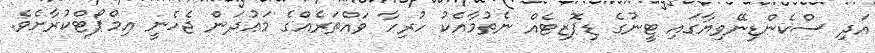
އަދި ސްކެންޑިނޭވިޔާގައި ޓީނުގެ ޑިޕޮޒިޓެއް ނެތުމާއެކު ހުރިހާ ވައްތަރެއްގެ މަޢުދަން ޖެހެނީ އިމްޕޯޓްކުރާށެވެ.